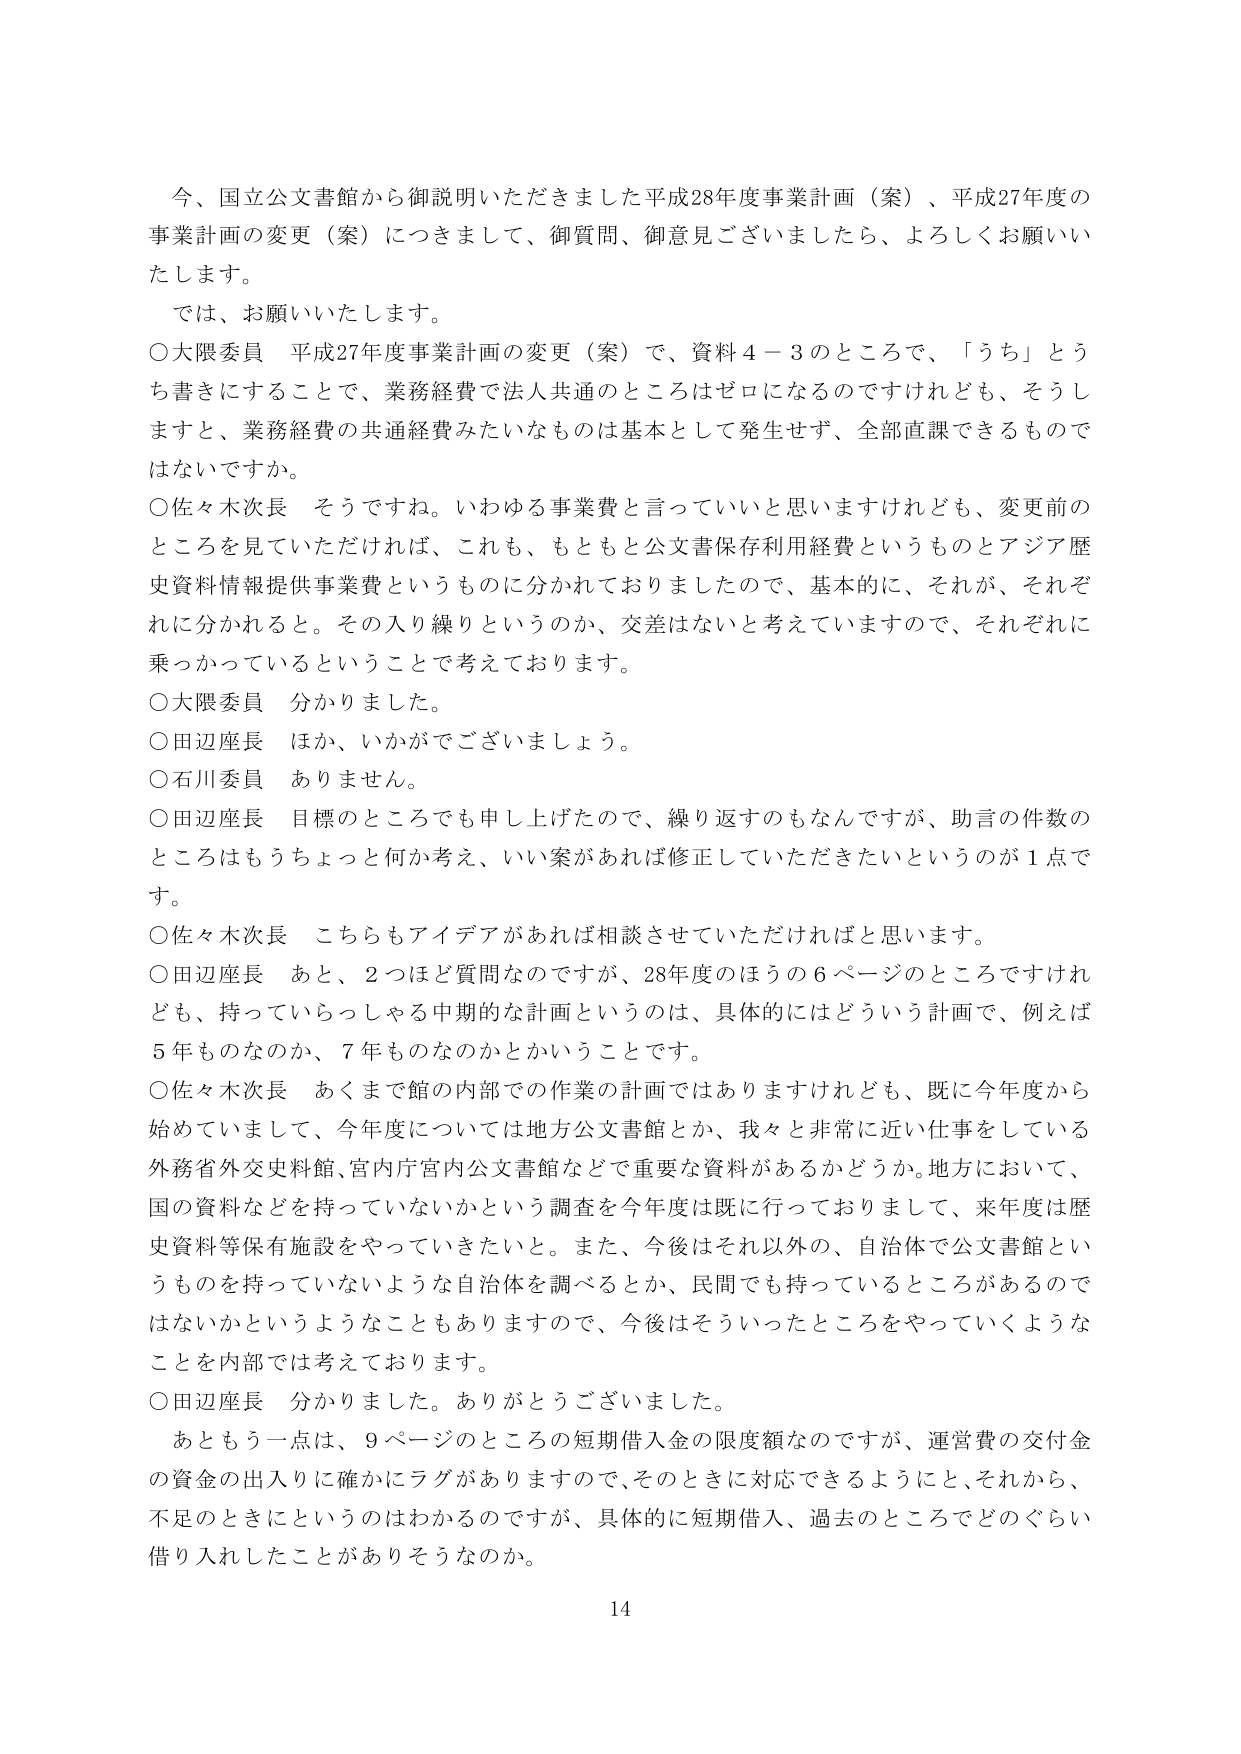
今、国立公文書館から御説明いただきました平成28年度事業計画（案）、平成27年度の事業計画の変更（案）につきまして、御質問、御意見ございましたら、よろしくお願いいたします。

では、お願いいたします。

○大隈委員 平成27年度事業計画の変更（案）で、資料４－３のところで、「うち」とうち書きにすることで、業務経費で法人共通のところはゼロになるのですけれども、そうしますと、業務経費の共通経費みたいなものは基本として発生せず、全部直課できるものではないですか。

○佐々木次長 そうですよね。いわゆる事業費と言っていいと思いますけれども、変更前のところを見ていただければ、これも、もともと公文書保存利用経費というものとアジア歴史資料情報提供事業費というものに分かれておりましたので、基本的に、それが、それぞれに分かれるとき。その入り繰りというのか、交差はないと考えていますので、それぞれに乗っかっているということで考えております。

○大隈委員 分かりました。

○田辺座長 ほか、いかがでございましょう。

○石川委員 ありません。

○田辺座長 目標のところでも申し上げたので、繰り返すのもなんですが、助言の件数のところはもうちょっと何か考え、いい案があれば修正していただきたいというのが１点です。

○佐々木次長 こちらもアイデアがあれば相談させていただければと思います。

○田辺座長 あと、２つほど質問なのですが、28年度のほうの６ページのところですけれども、持っていらっしゃる中期的な計画というのは、具体的にはどういう計画で、例えば５年ものなのか、７年ものなのかということです。

○佐々木次長 あくまで館の内部での作業の計画ではありますけれども、既に今年度から始めていまして、今年度については地方公文書館とか、我々と非常に近い仕事をしている外務省外交史料館、宮内庁宮内公文書館などで重要な資料があるかどうか。地方において、国の資料などを持っていないかという調査を今年度は既に行っておりまして、来年度は歴史資料等保有施設をやっていきたいと。また、今後はそれ以外の、自治体で公文書館というものを持っていないような自治体を調べるとか、民間でも持っているところがあるのではないかというようなこともありますので、今後はそういったところをやっていくようなことを内部では考えております。

○田辺座長 分かりました。ありがとうございました。

あともう一点は、９ページのところの短期借入金の限度額なのですが、運営費の交付金の資金の出入りに確かにラグがありますので、そのときに対応できるようにと、それから、不足のときにというのはわかるのですが、具体的に短期借入、過去のところまでどのぐらい借り入れしたことがありそうなのか。

14